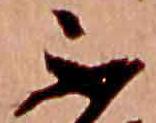
不